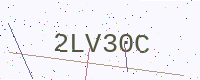
Text: 2LV30C